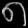
Digit: ၈